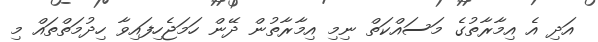
އަދި އެ އިމާރާތުގެ މަސައްކަތް ނިމި އިމާރާތުން ދޭން ހަމަޖެހިފައިވާ ހިދުމަތްތައް މި